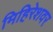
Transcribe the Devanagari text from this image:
मिहिरेशवर